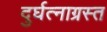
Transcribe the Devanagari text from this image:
दुर्घत्नाग्रस्त